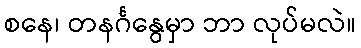
စနေ၊ တနင်္ဂနွေမှာ ဘာ လုပ်မလဲ။